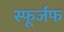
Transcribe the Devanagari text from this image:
स्फूर्जफ